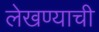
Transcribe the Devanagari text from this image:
लेखण्याची